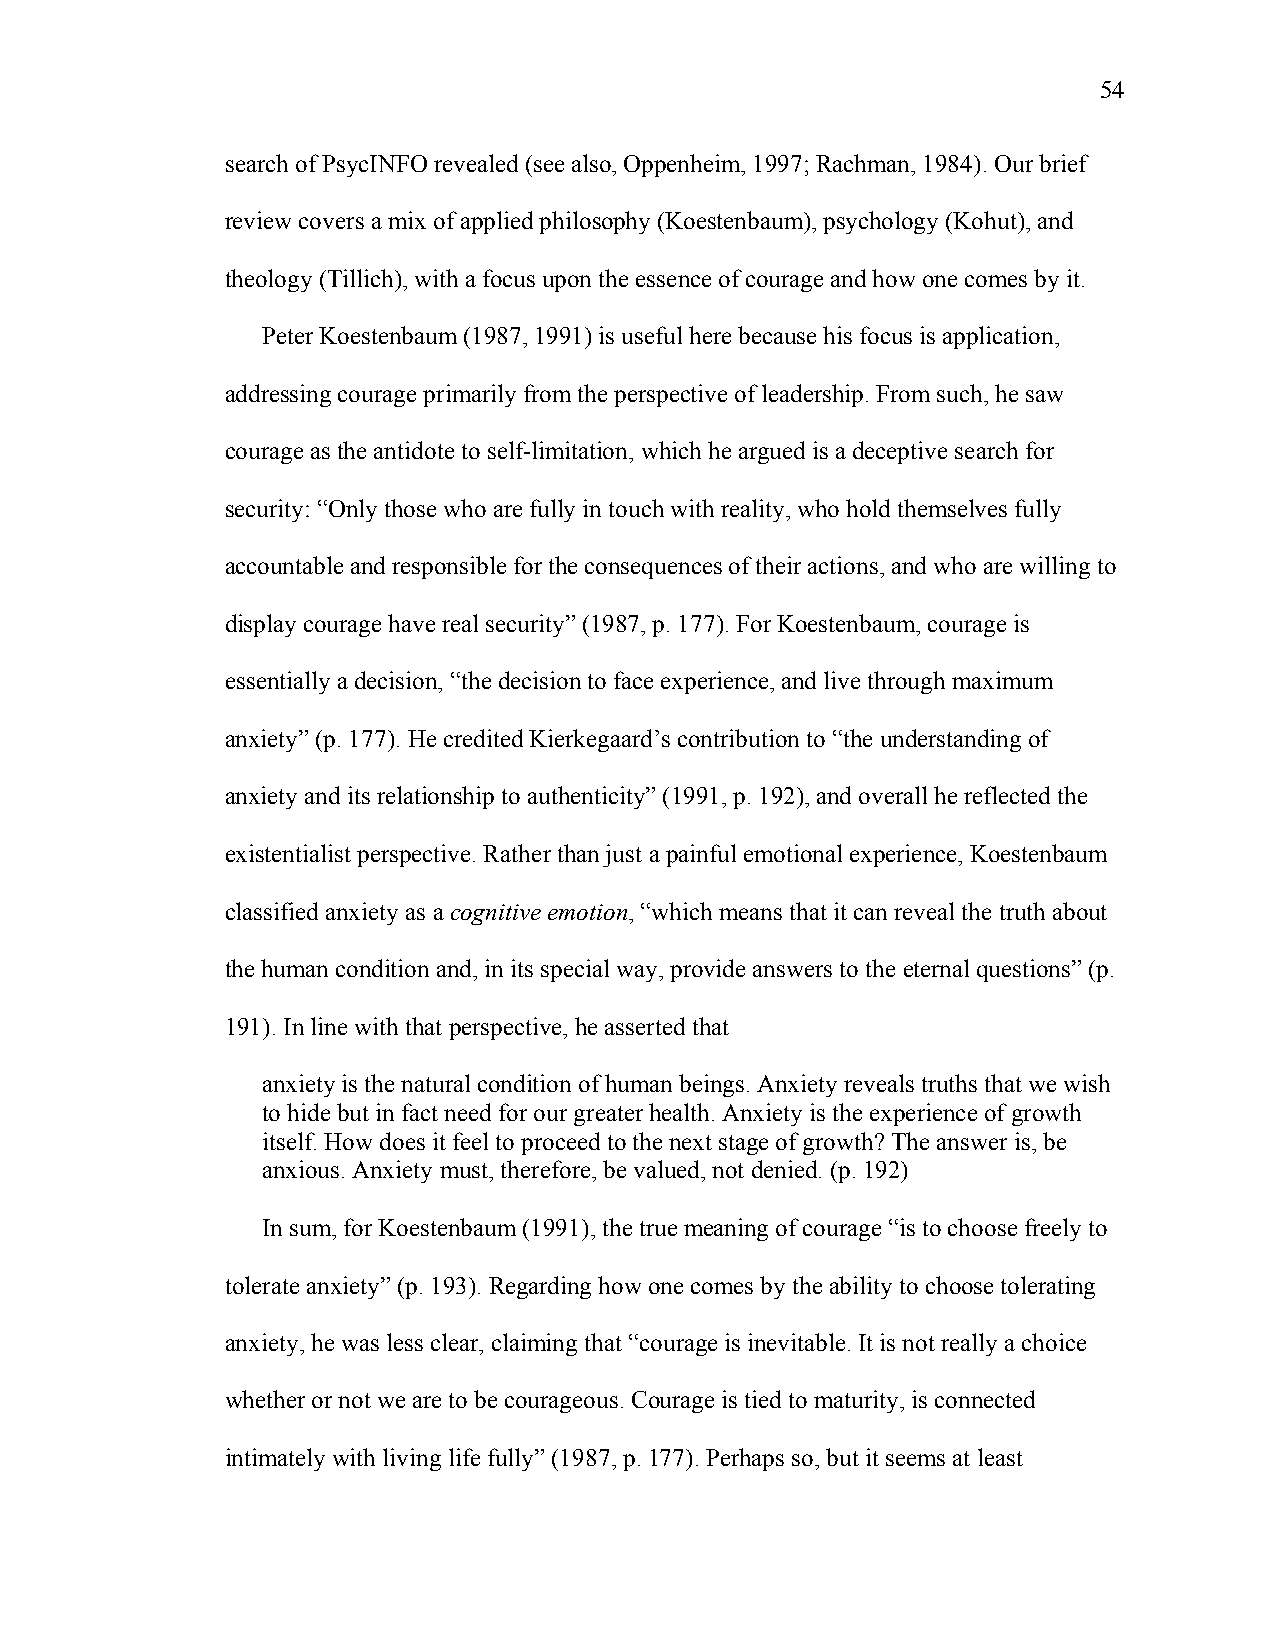
54
 search of PsycINFO revealed (see also, Oppenheim, 1997; Rachman, 1984). Our brief
 review covers a mix of applied philosophy (Koestenbaum), psychology (Kohut), and
 theology (Tillich), with a focus upon the essence of courage and how one comes by it.
 Peter Koestenbaum (1987, 1991) is useful here because his focus is application,
 addressing courage primarily from the perspective of leadership. From such, he saw
 courage as the antidote to self-limitation, which he argued is a deceptive search for
 security: “Only those who are fully in touch with reality, who hold themselves fully
 accountable and responsible for the consequences of their actions, and who are willing to
 display courage have real security” (1987, p. 177). For Koestenbaum, courage is
 essentially a decision, “the decision to face experience, and live through maximum
 anxiety” (p. 177). He credited Kierkegaard’s contribution to “the understanding of
 anxiety and its relationship to authenticity” (1991, p. 192), and overall he reflected the
 existentialist perspective. Rather than just a painful emotional experience, Koestenbaum
 classified anxiety as a cognitive emotion, “which means that it can reveal the truth about
 the human condition and, in its special way, provide answers to the eternal questions” (p.
 191). In line with that perspective, he asserted that
 anxiety is the natural condition of human beings. Anxiety reveals truths that we wish
 to hide but in fact need for our greater health. Anxiety is the experience of growth
 itself. How does it feel to proceed to the next stage of growth? The answer is, be
 anxious. Anxiety must, therefore, be valued, not denied. (p. 192)
 In sum, for Koestenbaum (1991), the true meaning of courage “is to choose freely to
 tolerate anxiety” (p. 193). Regarding how one comes by the ability to choose tolerating
 anxiety, he was less clear, claiming that “courage is inevitable. It is not really a choice
 whether or not we are to be courageous. Courage is tied to maturity, is connected
 intimately with living life fully” (1987, p. 177). Perhaps so, but it seems at least